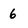
Character: 6